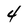
Character: 4